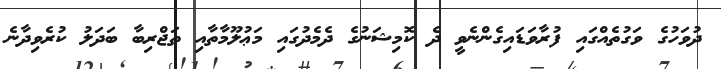
ދުވަހުގެ ވަގުތެއްގައި ފުރާވަޑައިގެންނެވީ ދެ ކޮމިޝަނުގެ ދެމެދުގައި މަޢުލޫމާތާއި ތަޖްރިބާ ބަދަލު ކުރެވިދާނެ